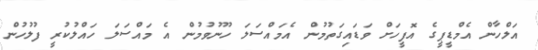
އަލްހާން އެމްޑީޕީގެ އޮފީހަށް ވަޑައިގަތުމުން އެމައްސަލަ ހޫނުވުމުން އެ މައްސަލަ ހައްލުކުރީ ފުލުހުން